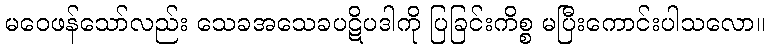
မဝေဖန်သော်လည်း သေခအသေခပဋိပဒါကို ပြခြင်းကိစ္စ မပြီးကောင်းပါသလော။